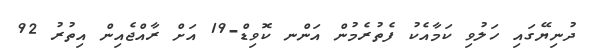
ދުނިޔޭގައި ހަލުވި ކަމާއެކު ފެތުރެމުން އަންނ ކޮވިޑް-19 އަށް ރާއްޖެއިން އިތުރު 92